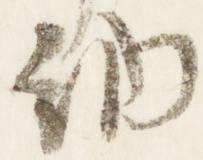
納